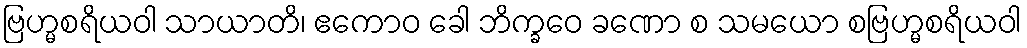
ဗြဟ္မစရိယဝါ သာယာတိ၊ ဧကောဝ ခေါ ဘိက္ခဝေ ခဏော စ သမယော စဗြဟ္မစရိယဝါ